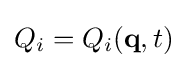
Q_{i}=Q_{i}(\mathbf {q} ,t)